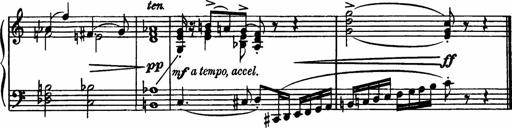
Title: Sonatilla
Composer: Mortimer Wilson
Key: C major